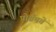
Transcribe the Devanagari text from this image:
प्रोग्रॅमचे